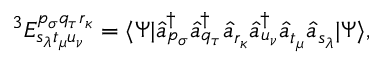
^ 3 E _ { s _ { \lambda } t _ { \mu } u _ { \nu } } ^ { p _ { \sigma } q _ { \tau } r _ { \kappa } } = \langle \Psi | \hat { a } _ { p _ { \sigma } } ^ { \dagger } \hat { a } _ { q _ { \tau } } ^ { \dagger } \hat { a } _ { r _ { \kappa } } \hat { a } _ { u _ { \nu } } ^ { \dagger } \hat { a } _ { t _ { \mu } } \hat { a } _ { s _ { \lambda } } | \Psi \rangle ,